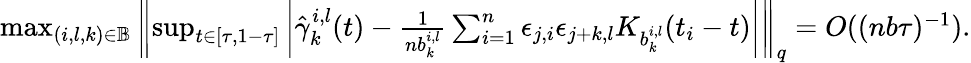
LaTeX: \begin{array}{r}{\operatorname*{max}_{(i,l,k)\in\mathbb{B}}\left\| \operatorname*{sup}_{t\in[\tau,1-\tau]}\left|\hat{\gamma}_{k}^{i,l}(t)-\frac{1}{nb_{k}^{i,l}}\sum_{i=1}^{n}\epsilon_{j,i}\epsilon_{j+k,l}K_{b_{k}^{i,l}}(t_{i}-t)\right|\right\| _{q}=O((nb\tau)^{-1}).}\end{array}